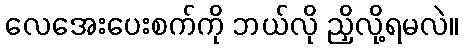
လေအေးပေးစက်ကို ဘယ်လို ညှိလို့ရမလဲ။